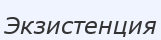
Экзистенция